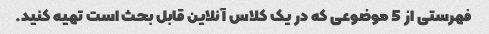
فهرستی از 5 موضوعی که در یک کلاس آنلاین قابل بحث است تهیه کنید.